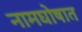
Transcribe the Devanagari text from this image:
नामघोषात